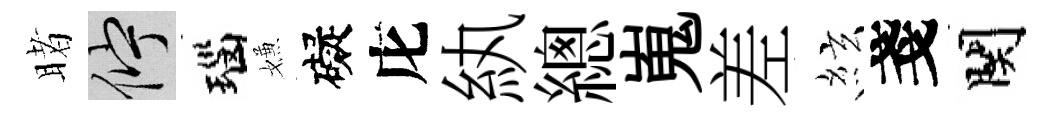
睹伫瑙嫌礙庀紈總嵬差絃戔関